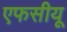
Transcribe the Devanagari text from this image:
एफसीयू